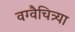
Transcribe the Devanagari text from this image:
वग्वैचित्र्या